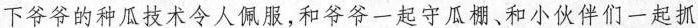
下爷爷的种瓜技术令人佩服，和爷爷一起守瓜棚、和小伙伴们一起抓